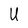
Character: U